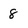
Character: 8